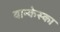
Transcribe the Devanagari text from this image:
वान्केस्का